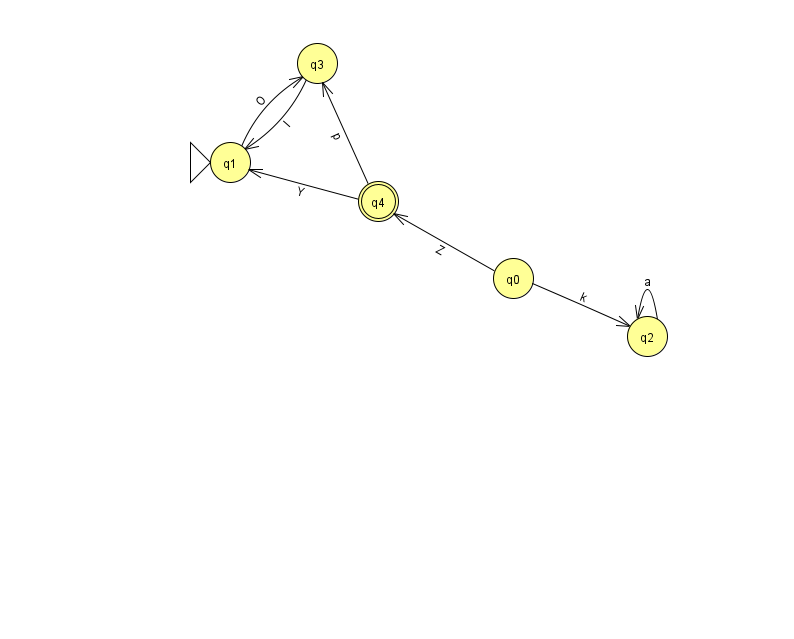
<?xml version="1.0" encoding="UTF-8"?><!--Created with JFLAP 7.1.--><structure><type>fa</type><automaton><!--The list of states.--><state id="0" name="q0"><x>513.0</x><y>265.0</y></state><state id="1" name="q1"><x>230.0</x><y>149.0</y><initial/></state><state id="2" name="q2"><x>647.0</x><y>323.0</y></state><state id="3" name="q3"><x>317.0</x><y>50.0</y></state><state id="4" name="q4"><x>378.0</x><y>188.0</y><final/></state><!--The list of transitions.--><transition><from>0</from><to>2</to><read>k</read></transition><transition><from>0</from><to>4</to><read>Z</read></transition><transition><from>2</from><to>2</to><read>a</read></transition><transition><from>4</from><to>3</to><read>p</read></transition><transition><from>1</from><to>3</to><read>O</read></transition><transition><from>4</from><to>1</to><read>Y</read></transition><transition><from>3</from><to>1</to><read>I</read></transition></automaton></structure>